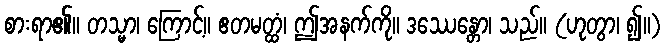
စားရာ၏။ တသ္မာ၊ ကြောင့်။ ဧတမတ္ထံ၊ ဤအနက်ကို။ ဒဿေန္တော၊ သည်။ (ဟုတွာ၊ ၍။)